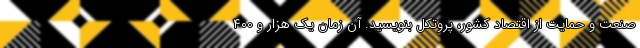
صنعت و حمایت از اقتصاد کشور، پروتکل بنویسید. آن زمان یک هزار و ۴۰۰